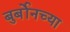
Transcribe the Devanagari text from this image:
बुर्बोनच्या